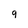
Character: 9